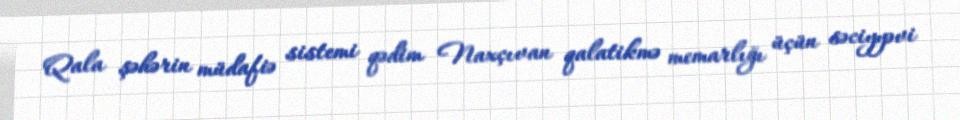
Qala şəhərin müdafiə sistemi qədim Naxçıvan qalatikmə memarlığı üçün səciyyəvi